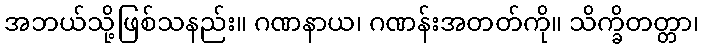
အဘယ်သို့ဖြစ်သနည်း။ ဂဏနာယ၊ ဂဏန်းအတတ်ကို။ သိက္ခိတတ္တာ၊